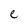
Character: e